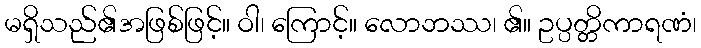
မရှိသည်၏အဖြစ်ဖြင့်။ ဝါ၊ ကြောင့်။ လောဘဿ၊ ၏။ ဥပ္ပတ္တိကာရဏံ၊